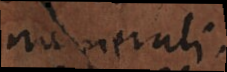
numerali.